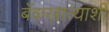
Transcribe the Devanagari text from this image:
बँकखात्याशी